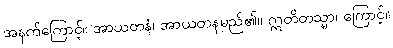
အနက်ကြောင့်။ အာယတနံ၊ အာယတနမည်၏။ ဣတိတသ္မာ၊ ကြောင့်။